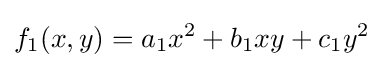
f_{1}(x,y)=a_{1}x^{2}+b_{1}xy+c_{1}y^{2}